Leaving Certificate Examination (including Day School Certificate (Higher) General paper), 1939
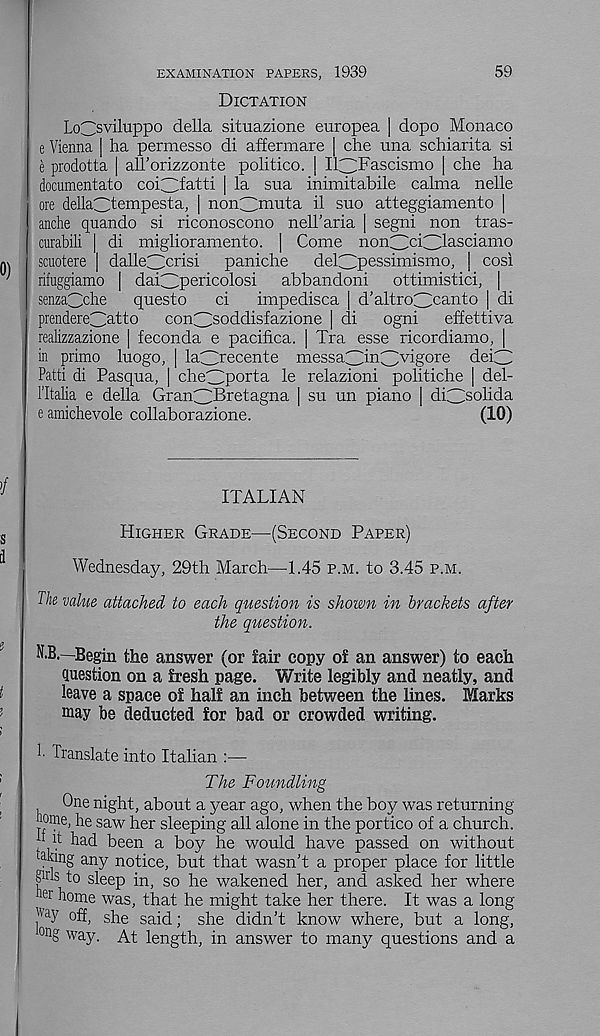
59
EXAMINATION PAPERS, 1939
Dictation
LoCsviluppo della situazione europea | dopo Monaco
e Vienna ] ha permesso di affermare | che una schiarita si
e prodotta | all’orizzonte politico. | Il^Fascismo | che ha
documentato coi.3f a tti | la sua inimitabile calma nelle
ore dellaCtempesta, | nonClmuta il suo atteggiamento |
anche quando si riconoscono nell'aria | segni non tras-
curabili | di miglioramento. | Come non3 c Cl asc i amo
scuotere | dalle3 cr isi
paniche
delCjpessimismo, | cosi
rifuggiamo | dai3pericolosi
abbandoni
ottimistici,
senza^che
questo
ci
impedisca d’altroC! can t 0 | di
prendere^atto
con^soddisfazione | di
ogni
effettiva
realizzazione | feconda e pacifica. | Tra esse ricordiamo, |
in primo luogo, | la^recente messa3in3 v ig°r e deiCi
Patti di Pasqua, | cheClporta le relazioni politiche | del-
1’Italia e della Gran^Bretagna | su un piano | diCisolida
e amichevole collaborazione.
(10)
ITALIAN
Higher Grade—(Second Paper)
Wednesday, 29th March—1.45 p.m. to 3.45 p.m.
The value attached to each question is shown in brackets after
the question.
N.B.—Begin the answer (or fair copy of an answer) to each
question on a fresh page. Write legibly and neatly, and
leave a space of half an inch between the lines. Marks
may be deducted for bad or crowded writing.
!• Translate into Italian :—
The Foundling
One night, about a year ago, when the boy was returning
Tome, he saw her sleeping all alone in the portico of a church.
: d had been a boy he would have passed on without
lakmg any notice, but that wasn’t a proper place for little
pis to sleep in, so he wakened her, and asked her where
ler home was, that he might take her there. It was a long
fW °ff, she said; she didn’t know where, but a long,
on g way. At length, in answer to many questions and a